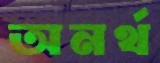
অনর্থ